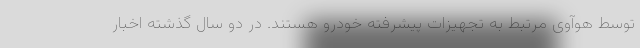
توسط هوآوی مرتبط به تجهیزات پیشرفته خودرو هستند. در دو سال گذشته اخبار